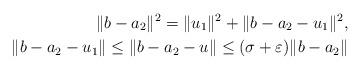
LaTeX: \begin{align*}\|b-a_2\|^2=\|u_1\|^2+\|b-a_2-u_1\|^2,\\\|b-a_2-u_1\|\le\|b-a_2-u\|\le(\sigma+\varepsilon)\|b-a_2\|\end{align*}